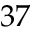
3 7